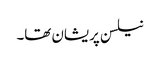
نیلسن پریشان تھا۔